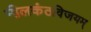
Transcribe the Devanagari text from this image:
नीलकंठविजयम्